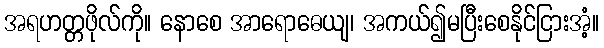
အရဟတ္တဖိုလ်ကို။ နောစေ အာရောဓေယျ၊ အကယ်၍မပြီးစေနိုင်ငြားအံ့။